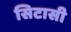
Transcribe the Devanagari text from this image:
सिटासी